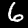
Digit: 6